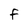
Character: F